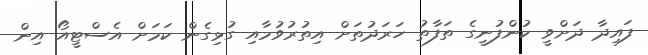
ފައިދާ ދަށްވީ ކުންފުނީގެ ތަފާތު ހަރަދުތަށް އިތުރުވުމާއި ގުޅިގެން ކަމަށް އެސްޓީއޯ އިން